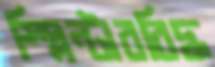
স্প্লিন্টারবিদ্ধ